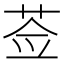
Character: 莶